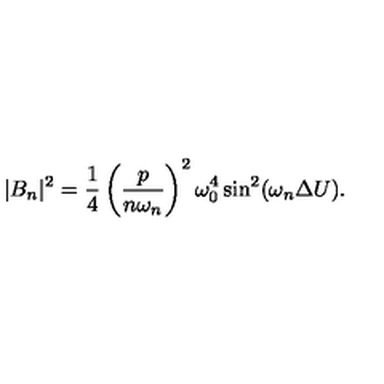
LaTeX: | B _ { n } | ^ { 2 } = { \frac { 1 } { 4 } } \left( { \frac { p } { n \omega _ { n } } } \right) ^ { 2 } \omega _ { 0 } ^ { 4 } \sin ^ { 2 } ( \omega _ { n } \Delta U ) .